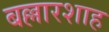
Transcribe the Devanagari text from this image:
बल्लारशाह